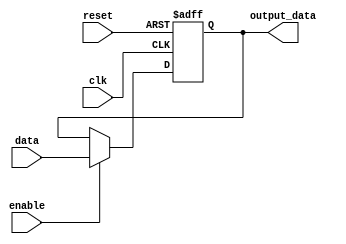
module DataEnableLatch(
    input wire clk,
    input wire reset,
    input wire data,
    input wire enable,
    output reg output_data
);

always @(posedge clk or posedge reset) begin
    if (reset) begin
        output_data <= 1'b0;
    end else begin
        if (enable) begin
            output_data <= data;
        end
    end
end

endmodule